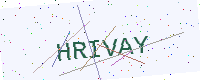
Text: HRIVAY